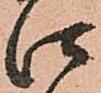
仕